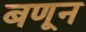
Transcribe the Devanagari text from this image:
बणून